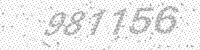
Solution: 981156